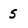
Character: 5